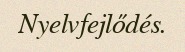
Nyelvfejlődés.